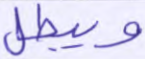
ويبطل